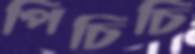
পিচিচি